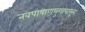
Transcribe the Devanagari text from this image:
नवपाषाणयुगापासून